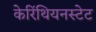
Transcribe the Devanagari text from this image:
केरिंथियनस्टेट